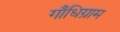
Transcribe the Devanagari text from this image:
गाँधिग्राम